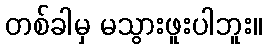
တစ်ခါမှ မသွားဖူးပါဘူး။